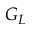
G _ { L }